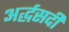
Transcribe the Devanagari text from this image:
अर्द्धसदी